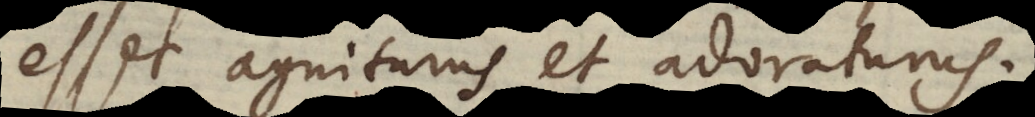
esset agniturus et adoraturus.